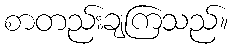
စာတည်းချကြသည်။